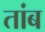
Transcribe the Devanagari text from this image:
तांब